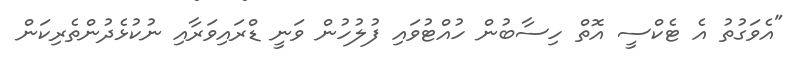
"އެވަގުތު އެ ޓެކްސީ އޮތް ހިސާބުން ހުއްޓުވައި ފުލުހުން ވަނީ ޑްރައިވަރާއި ނުކުޅެދުންތެރިކަން